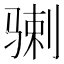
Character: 𩨉